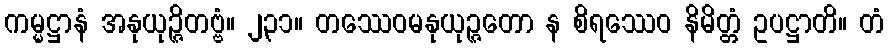
ကမ္မဋ္ဌာနံ အနုယုဉ္ဇိတဗ္ဗံ။ ၂၃၁။ တဿေဝမနုယုဉ္ဇတော န စိရဿေဝ နိမိတ္တံ ဥပဋ္ဌာတိ။ တံ